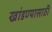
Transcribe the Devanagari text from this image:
खांडण्यासाठी